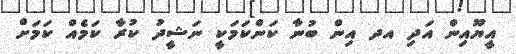
އީޔޫއިން އަދި އދ އިން ބުނާ ކަންކަމަކީ ނަޝީދު ކުރާ ކަމެއް ކަމަށް